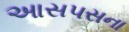
આસપસના